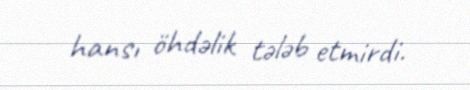
hansı öhdəlik tələb etmirdi.